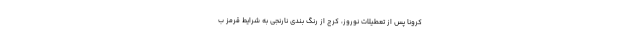
کرونا پس از تعطیلات نوروز، کرج از رنگ بندی نارنجی به شرایط قرمز ب